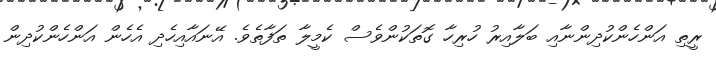
ރީތި އަންހެންކުދިންނާއި ބަލާއިރު ހުރިހާ ގޮތަކުންވެސް ކެމީލާ ތަފާތެވެ. އޭނައާއިހެދި އެހެން އަންހެންކުދިން